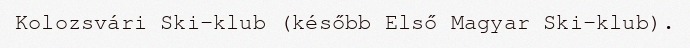
Kolozsvári Ski-klub (később Első Magyar Ski-klub).